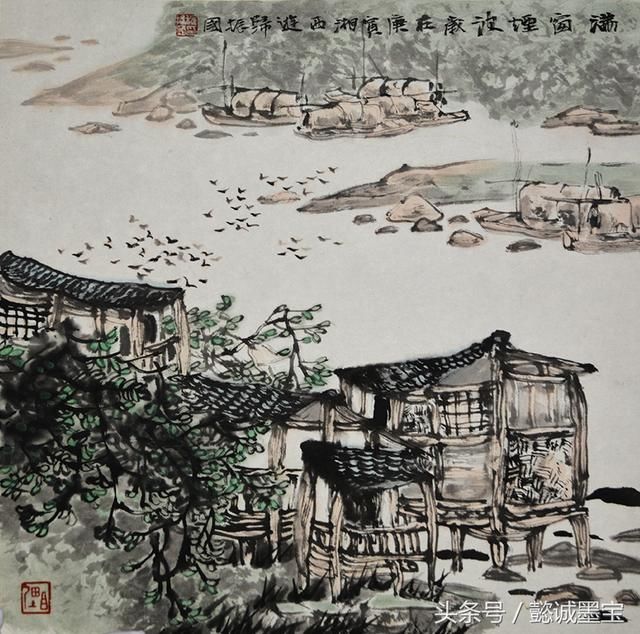
野店垂杨步，荒祠苦竹丛。